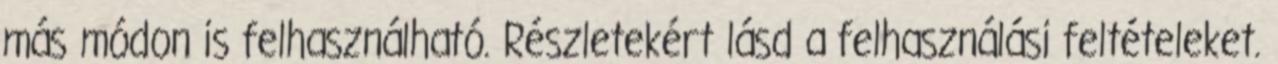
más módon is felhasználható. Részletekért lásd a felhasználási feltételeket.